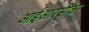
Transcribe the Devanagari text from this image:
आईआरसीका